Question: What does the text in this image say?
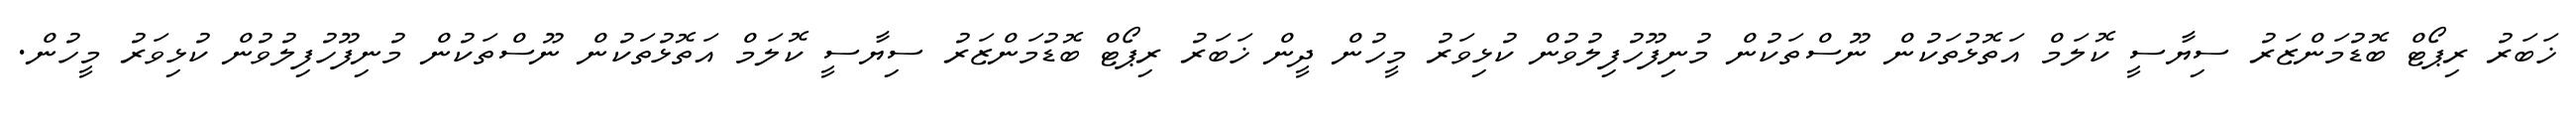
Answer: ޚަބަރު ރިޕޯޓް ބޮޑުމަންޒަރު ސިޔާސީ ކޮލަމް އަތޮޅުތަކުން ނޫސްތަކުން މުނިފޫހުފިލުވުން ކުޅިވަރު މީހުން ދީން ޚަބަރު ރިޕޯޓް ބޮޑުމަންޒަރު ސިޔާސީ ކޮލަމް އަތޮޅުތަކުން ނޫސްތަކުން މުނިފޫހުފިލުވުން ކުޅިވަރު މީހުން.